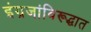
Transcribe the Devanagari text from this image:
इंग्रजांविरूद्धात